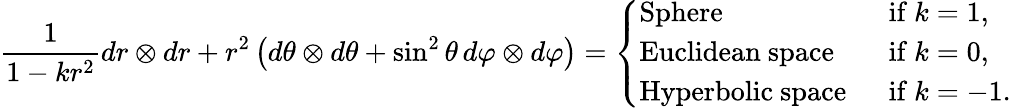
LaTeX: \frac{1}{1-kr^{2}}dr\otimes dr+r^{2}\left(d\theta\otimes d\theta+\sin^{2}\theta\, d\varphi\otimes d\varphi\right)=\left\{ \begin{array}{ll}{\mathrm{Sphere}}&{\mathrm{~if~}k=1,}\\ {\mathrm{Euclidean~space}}&{\mathrm{~if~}k=0,}\\ {\mathrm{Hyperbolic~space~}}&{\mathrm{~if~}k=-1.}\end{array}\right.